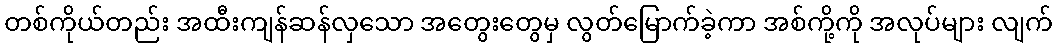
တစ်ကိုယ်တည်း အထီးကျန်ဆန်လှသော အတွေးတွေမှ လွတ်မြောက်ခဲ့ကာ အစ်ကို့ကို အလုပ်များ လျက်